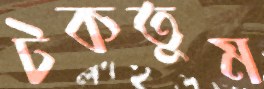
টকতুম